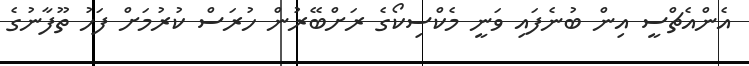
އެންއެޗްސީ އިން ބުނެފައި ވަނީ މެކްސިކޯގެ ރަށްބޭރުން ހުރަސް ކުރުމަށް ފަހު ތޫފާނުގެ